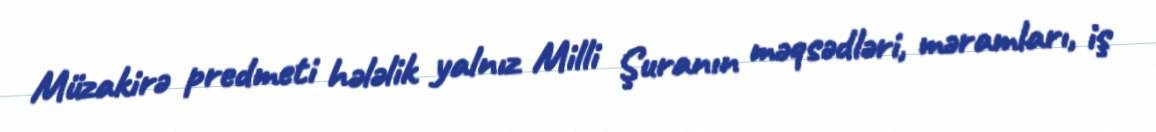
Müzakirə predmeti hələlik yalnız Milli Şuranın məqsədləri, məramları, iş